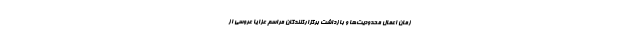
زمان اعمال محدودیت‌ها و بازداشت برگزارکنندگان مراسم عزا یا عروسی از